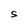
Character: S